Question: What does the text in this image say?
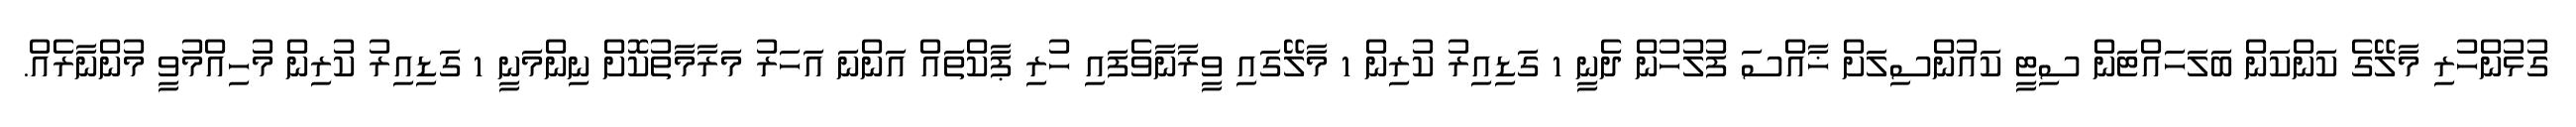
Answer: ގުޅުންހުރި މާލޭގެ ކަންކަން ބަލަހައްޓަން ސިޓީ ކައުންސިލަށް ޚާއްސަ ފުލުހުން ދެނީ 1 ގަޑިއިރު ކުރިން 1 މާލޭގައި ވީރާނާވެފައި ހުރި ޕާކްތައް އަންނަ އަހަރު މަރާމާތުކޮށް ނިންމަނީ 1 ގަޑިއިރު ކުރިން މުހިއްމުވީ މުންނާރެއް.